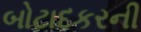
બોટાદકરની